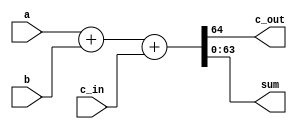
`timescale 1ns / 1ps
//////////////////////////////////////////////////////////////////////////////////
// Company: 
// Engineer: 
// 
// Design Name: 
// Module Name: Verification_64bit
// Project Name: 
// Target Devices: 
// Tool Versions: 
// Description: 
// 
// Dependencies: 
// 
// Revision:
// Revision 0.01 - File Created
// Additional Comments:
// 
//////////////////////////////////////////////////////////////////////////////////


module Verification_64bit(
    output c_out,
    output [63:0] sum,
    input [63:0] a,
    input [63:0] b,
    input c_in
    );
    
	assign {c_out, sum} = a + b + c_in;
	
endmodule